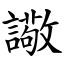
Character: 䜘